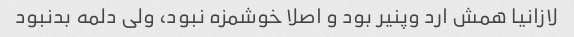
لازانیا همش ارد و‌پنیر بود و اصلا خوشمزه نبود، ولی دلمه بدنبود